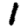
Digit: 1